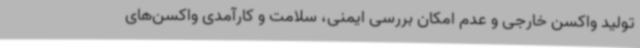
تولید واکسن خارجی و عدم امکان بررسی ایمنی، سلامت و کارآمدی واکسن‌های